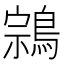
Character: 鶎